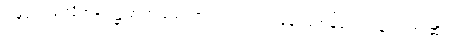
ဒါနှင့်သည်လိုအရပ်၌ အဘယ်ကြောင့် ရွာတည်၍နေကြကုန်လေသနည်းဟု ဆိုအံ့။